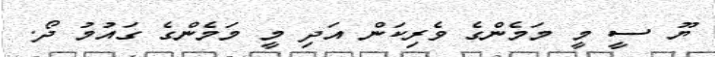
ޔޫ ސީ މީ މަމެންގެ ވެރިކަން އަދި މީ މަމެންގެ ގައުމު ދޯ.